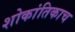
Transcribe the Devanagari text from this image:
शोकांतिकाच